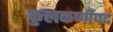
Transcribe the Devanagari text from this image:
कुलकर्णीपद